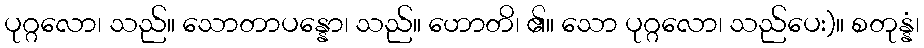
ပုဂ္ဂလော၊ သည်။ သောတာပန္နော၊ သည်။ ဟောတိ၊ ၏။ သော ပုဂ္ဂလော၊ သည်ပေး)။ စတုန္နံ၊